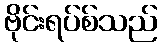
ဗိုင်းရပ်စ်သည်